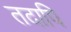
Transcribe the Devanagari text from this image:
तदापि